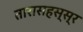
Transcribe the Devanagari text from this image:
तारासहस्स्र